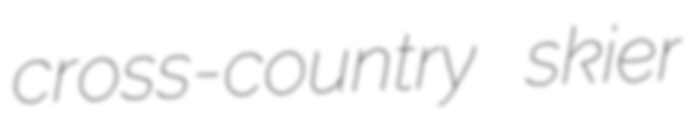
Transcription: cross-country skier